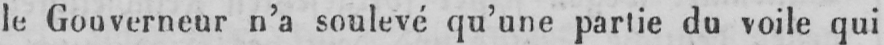
le Gouverneur n’a soulevé qu’une partie du voile qui